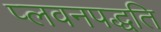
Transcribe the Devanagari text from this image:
प्लवनपद्धति